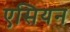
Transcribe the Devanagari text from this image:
एसियन